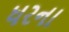
ધરના